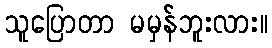
သူပြောတာ မမှန်ဘူးလား။